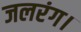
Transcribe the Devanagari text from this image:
जलरंग।